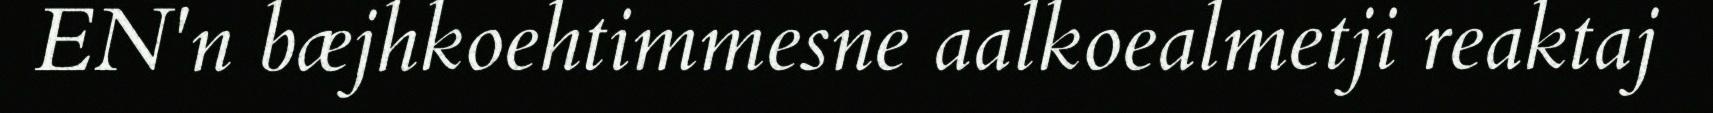
EN'n bæjhkoehtimmesne aalkoealmetji reaktaj